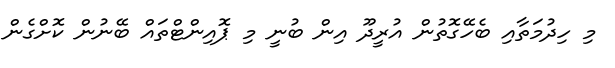
މި ހިދުމަތާއި ބެހޭގޮތުން އުރީދޫ އިން ބުނީ މި ޕޮއިންޓްތައް ބޭނުން ކޮށްގެން